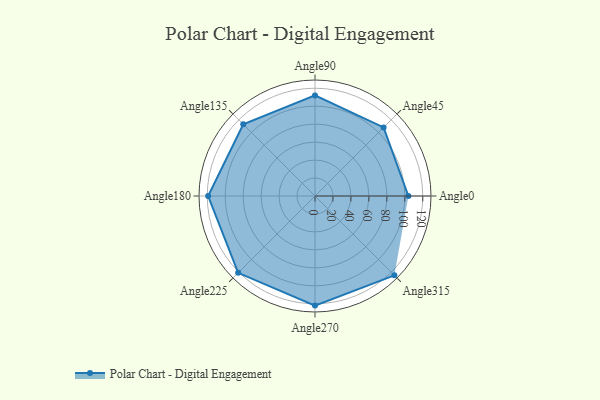
{"axis": {"x": "Angle", "y": "Radius"}, "legend": [""], "data": [{"x": "Angle0", "y": 104.0, "type": ""}, {"x": "Angle45", "y": 108.0, "type": ""}, {"x": "Angle90", "y": 112.0, "type": ""}, {"x": "Angle135", "y": 113.0, "type": ""}, {"x": "Angle180", "y": 119.0, "type": ""}, {"x": "Angle225", "y": 121.0, "type": ""}, {"x": "Angle270", "y": 122.0, "type": ""}, {"x": "Angle315", "y": 125.0, "type": ""}]}